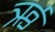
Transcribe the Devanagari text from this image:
र्ऋ